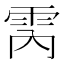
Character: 𮦈